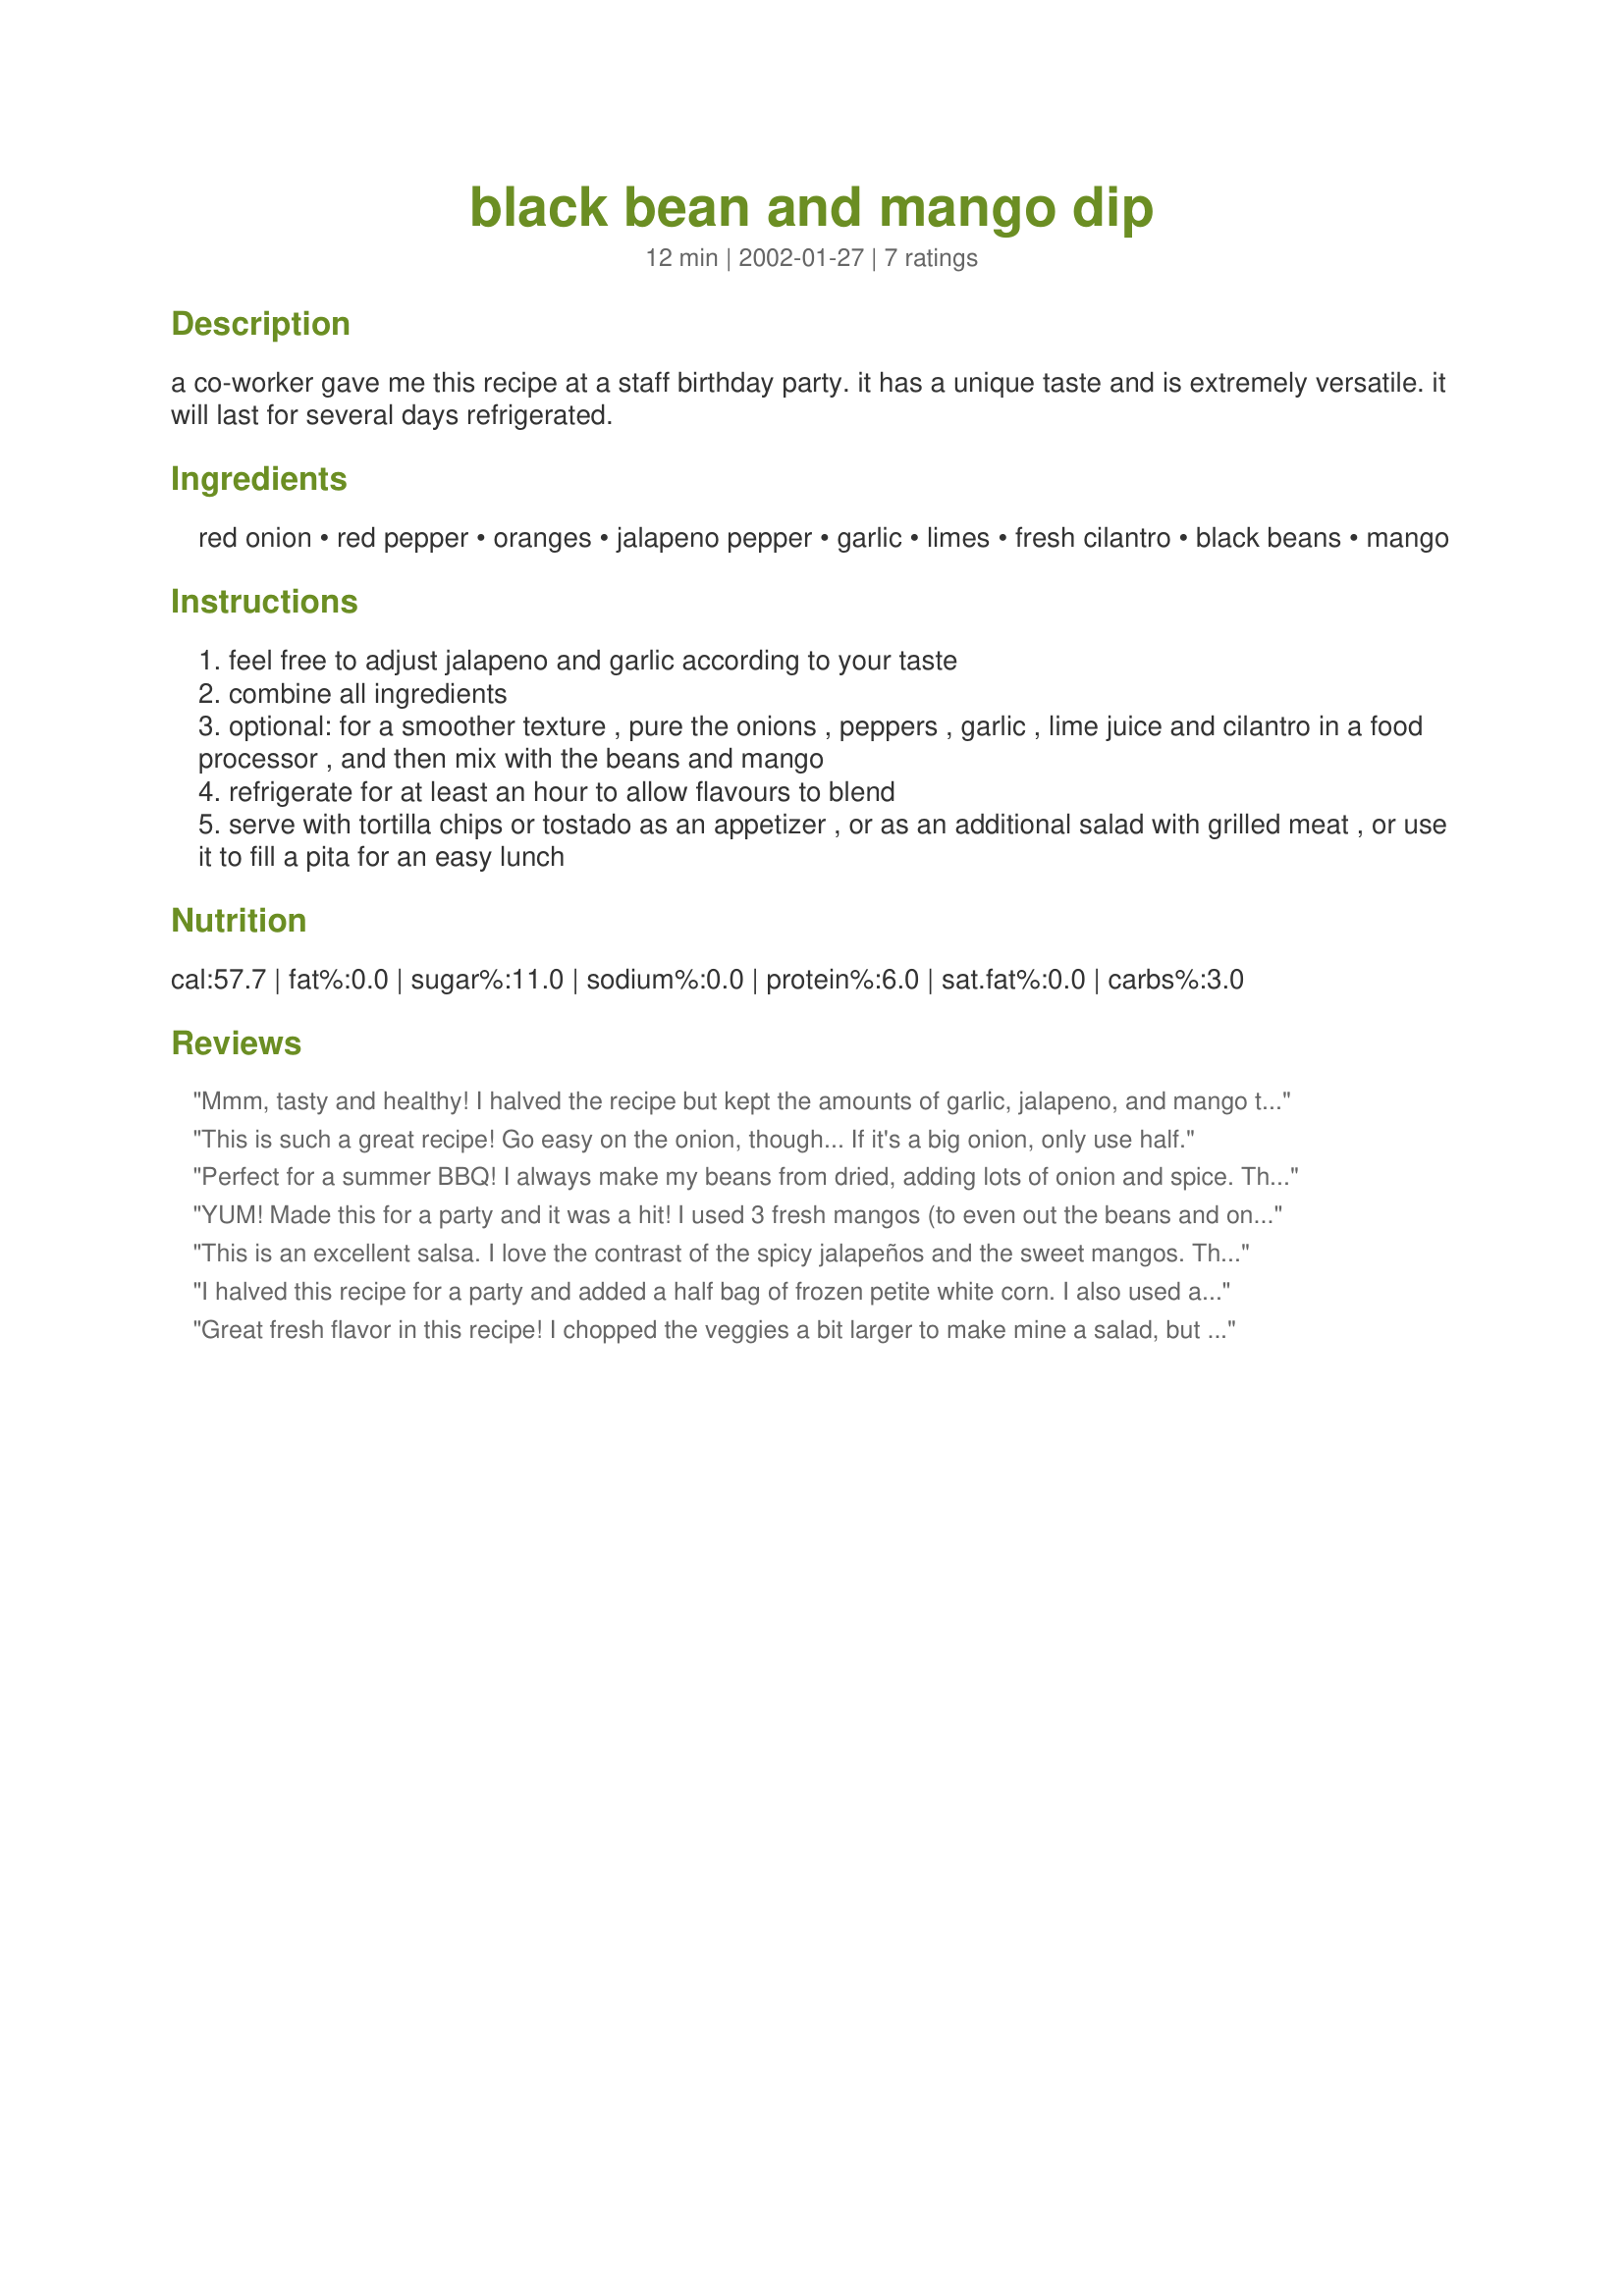
black bean and mango dip
Preparation time: 12 minutes

a co-worker gave me this recipe at a staff birthday party. it has a unique taste and is extremely versatile. it will last for several days refrigerated.

Ingredients:
red onion, red pepper, oranges, jalapeno pepper, garlic, limes, fresh cilantro, black beans, mango

Steps:
feel free to adjust jalapeno and garlic according to your taste
combine all ingredients
optional: for a smoother texture , pure the onions , peppers , garlic , lime juice and cilantro in a food processor , and then mix with the beans and mango
refrigerate for at least an hour to allow flavours to blend
serve with tortilla chips or tostado as an appetizer , or as an additional salad with grilled meat , or use it to fill a pita for an easy lunch

Reviews:
Mmm, tasty and healthy! I halved the recipe but kept the amounts of garlic, jalapeno, and mango the same. Should've used less onion but otherwise it is very good. So far it has been eaten plain, and in a pita with arugula (try it, arugula goes great with this stuff!) and I think the rest will probably go with some chicken as suggested by Vote_For_Pedro. P.S. As a main meal, the servings are considerably less than what is stated. (1/2 recipe = 4 or 5 servings I'd say.)
This is such a great recipe! Go easy on the onion, though... If it's a big onion, only use half.
Perfect for a summer BBQ! I always make my beans from dried, adding lots of onion and spice. This probably added great flavor to an already good recipe! Also, it's a trick for those who have time or on a budget (or both!). I too used frozen mango, 3/4 of a 10oz. bag (I nibbled!) and it wasn't enough. If you used frozen mango, use the whole bag, or even double it for extra yumminess! The colors were so attractive (I did not puree, served it as a salad that some people did put on chips, but others ate as is). Just a fresh, fresh dish!
YUM! Made this for a party and it was a hit! I used 3 fresh mangos (to even out the beans and onion) and served with baby greens and tortilla chips. DELISH! We will definitely be making this again in the future.
This is an excellent salsa. I love the contrast of the spicy jalapeños and the sweet mangos. The beans give an excellent texture and make it very filling. I stirred a bit of habanero jelly into the mix for added kick. The leftovers will top grilled chicken, or be tossed with some greens for a quick lunch salad. Thanks. :)
I halved this recipe for a party and added a half bag of frozen petite white corn. I also used about 3/4 pound frozen mango chunks, chopped up, for the fresh mango, and one whole bunch of cilantro leaves, chopped. Everyone loved it and wanted the recipe. Thanks for a great recipe.
Great fresh flavor in this recipe! I chopped the veggies a bit larger to make mine a salad, but a quick pulse in the processor would make this a fantastic salsa too. The mango really adds something special to this, giving you a little sweet to go along with all the other wonderful flavors. LOVE this stuff!!!
